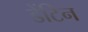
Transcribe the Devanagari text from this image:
डेंटिन